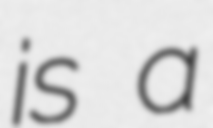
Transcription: is a